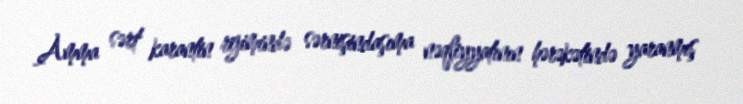
Amma sərt karantin rejimində sərnişindaşıma nəqliyyatının hərəkətində yaranmış